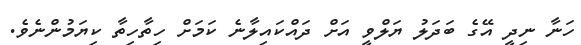
ހަނާ ނިދީ އޭގެ ބަދަލު ޔަލްވީ އަށް ދައްކައިލާނެ ކަމަށް ހިތާހިތާ ކިޔަމުންނެވެ.